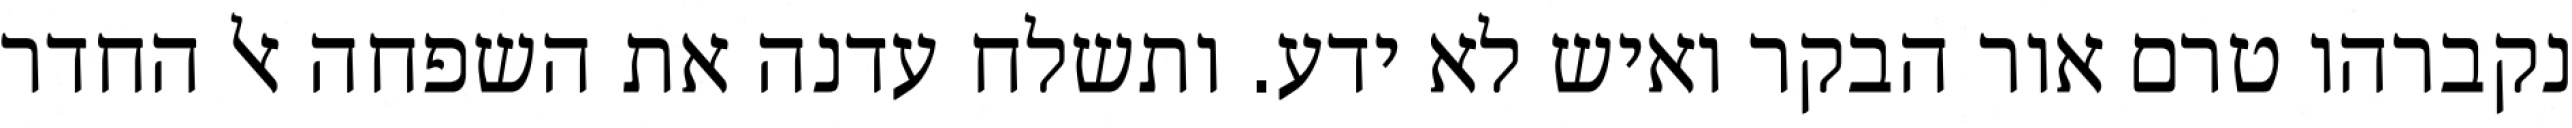
נקברהו טרם אור הבקר ואיש לא ידע. ותשלח עדנה את השפחה אל החדר